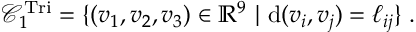
\mathcal { C } _ { 1 } ^ { \mathrm { T r i } } = \{ ( v _ { 1 } , v _ { 2 } , v _ { 3 } ) \in \mathbb { R } ^ { 9 } \ | \ \mathrm { d } ( v _ { i } , v _ { j } ) = \ell _ { i j } \} \; .